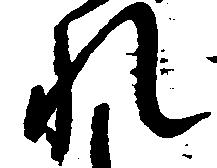
れ